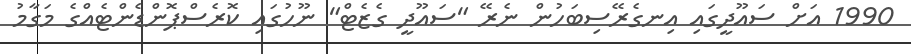
1990 އަށް ސައޫދީގައި އިނގެރޭސިބަހުން ނެރޭ "ސައޫދީ ގެޒެޓް" ނޫހުގައި ކޮރެސްޕޮންޑެންޓެއްގެ މަގާމު